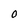
Character: O